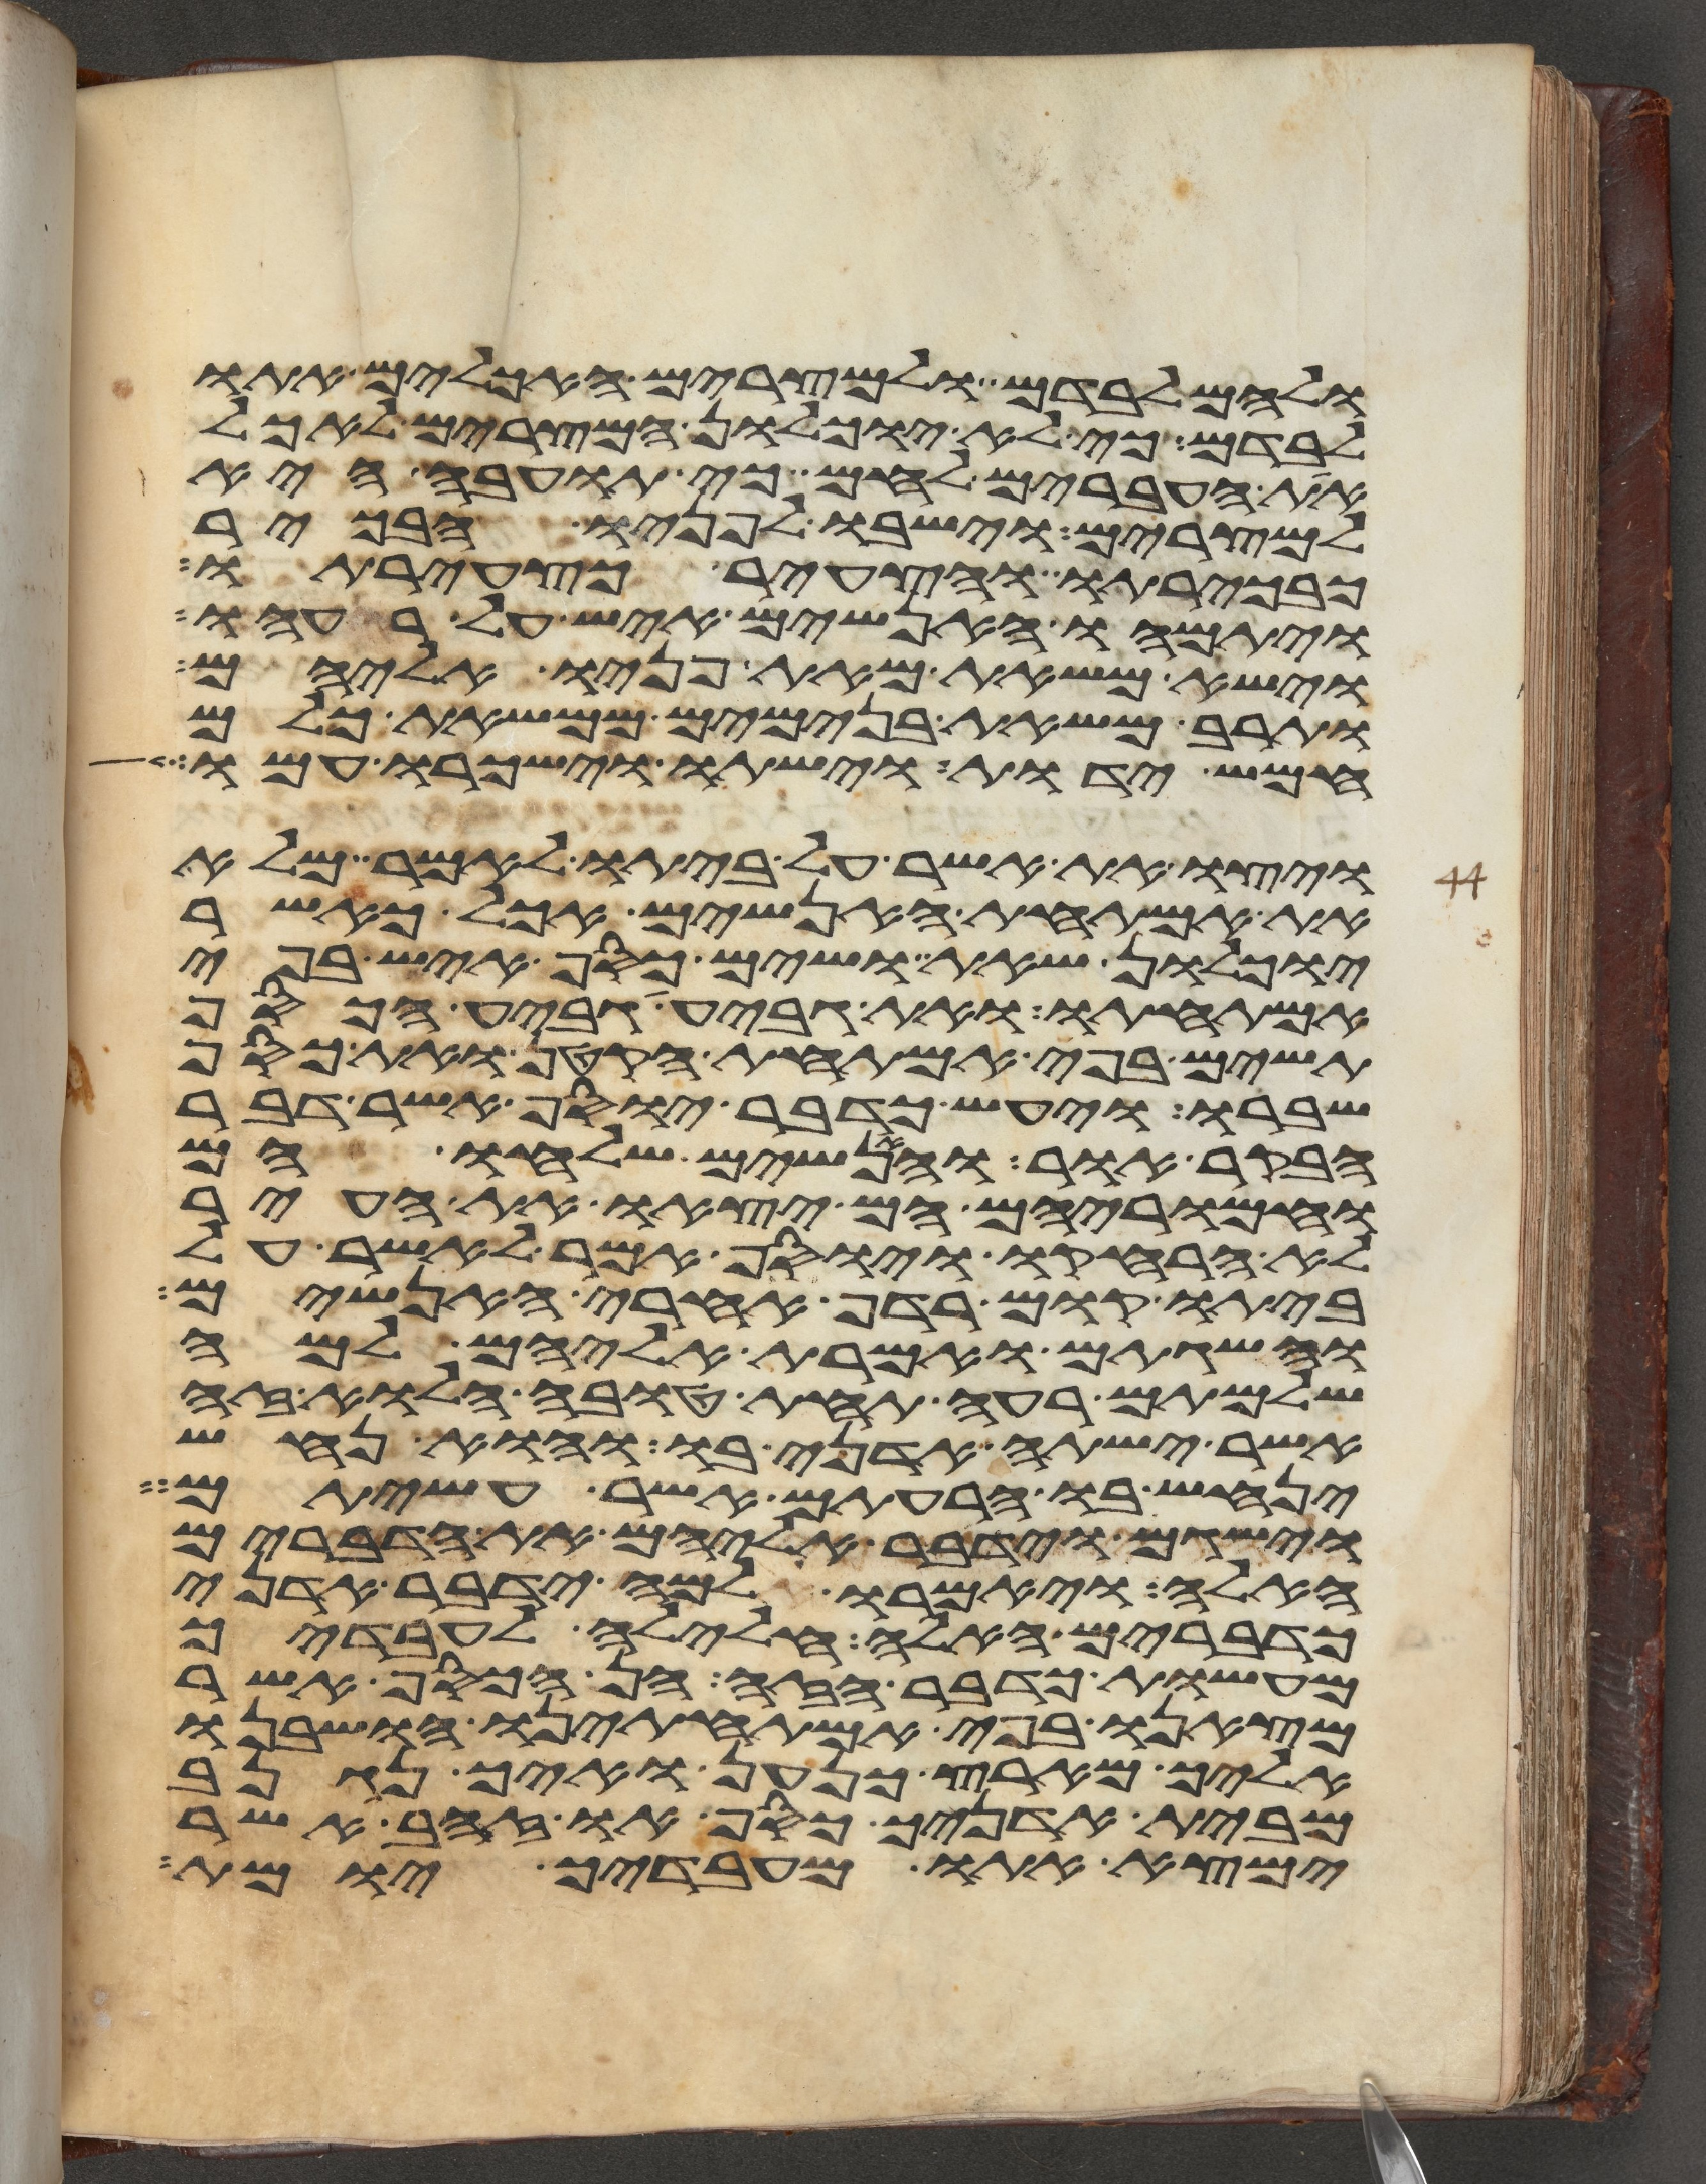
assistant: ולהם לבדם ולמצרים האכלים אתו
לבדם כי לא יוכלון המצרים לאכל
את העברים לחם כי תועבה היא
למצרים וישבו לפניו הבכור
כבכירתו והצעיר כצעירתו
ויתמהו האנשים איש על רעהו
וישא משאת מאת פניו אליהם
ותרב משאת בנימים ממשאת כלם
חמש ידות וישתו וישכרו עמו
ויצו את אשר על ביתו לאמר מלא
את אמתחת האנשים אכל כאשר
יוכלון שאת ושים כסף איש בפי
אמתחתו ואת גביע גביע הכסף
תשים בפי אמתחת הקטן ואת כסף
שברו ויעש כדבר יוסף אשר דבר
הבקר אור והאנשים שלחו הם
וחמריהם הם יצאו את העיר
לא הרחיקו ויוסף אמר לאשר על
ביתו קום רדף אחרי האנשים
והשגתם ואמרת אליהם למה
שלמתם רעה תחת טובה הלוא זה
אשר ישתה אדני בו והוא נחש
ינחש בו הרעתם אשר עשיתם
וישגם וידבר אליהם את הדברים
האלה ויאמרו למה ידבר אדני
כדברים האלה חלילה לעבדיך
מעשות כדבר הזה הן הכסף אשר
מצאנו בפי אמתחתינו הושבנו
אליך מארץ כנען ואיך נגנב
מבית אדניך כסף או זהב אשר
ימצא אתו מעבדיך יומת